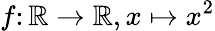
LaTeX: f\colon\mathbb{R}\rightarrow\mathbb{R},x\mapsto x^{2}